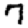
Digit: 7